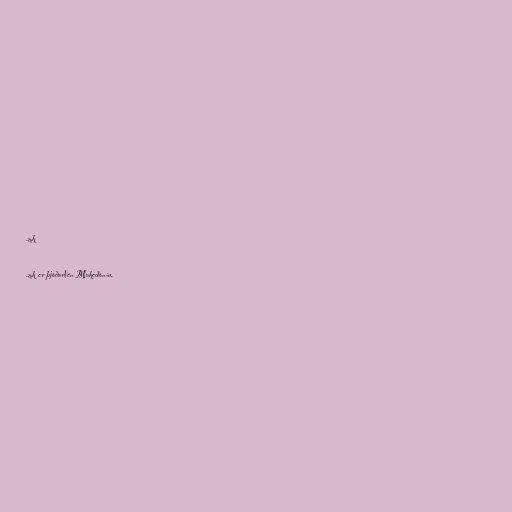
.mk

.mk er þjóðarlén Makedóníu.